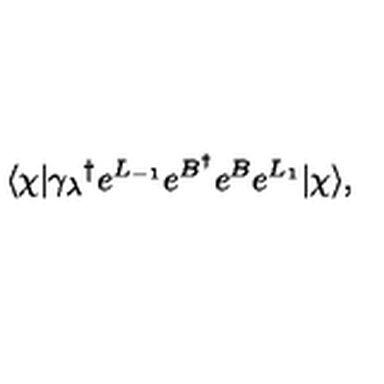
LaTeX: \langle \chi | { \gamma _ { \lambda } } ^ { \dagger } e ^ { L _ { - 1 } } e ^ { B ^ { \dagger } } e ^ { B } e ^ { L _ { 1 } } | \chi \rangle ,